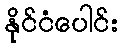
နိုင်ငံပေါင်း